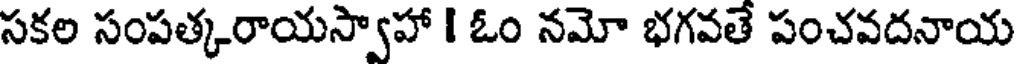
సకల సంపత్కరాయస్వాహా I ఓం నమో భగవతే పంచవదనాయ